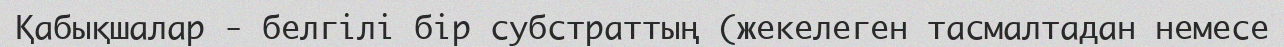
Қабықшалар - белгілі бір субстраттың (жекелеген тасмалтадан немесе